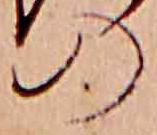
の